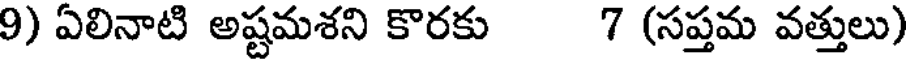
9) ఏలినాటి అష్టమశని కొరకు 7 (సప్తమ వత్తులు)